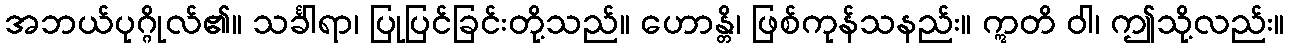
အဘယ်ပုဂ္ဂိုလ်၏။ သင်္ခါရာ၊ ပြုပြင်ခြင်းတို့သည်။ ဟောန္တိ၊ ဖြစ်ကုန်သနည်း။ ဣတိ ဝါ၊ ဤသို့လည်း။